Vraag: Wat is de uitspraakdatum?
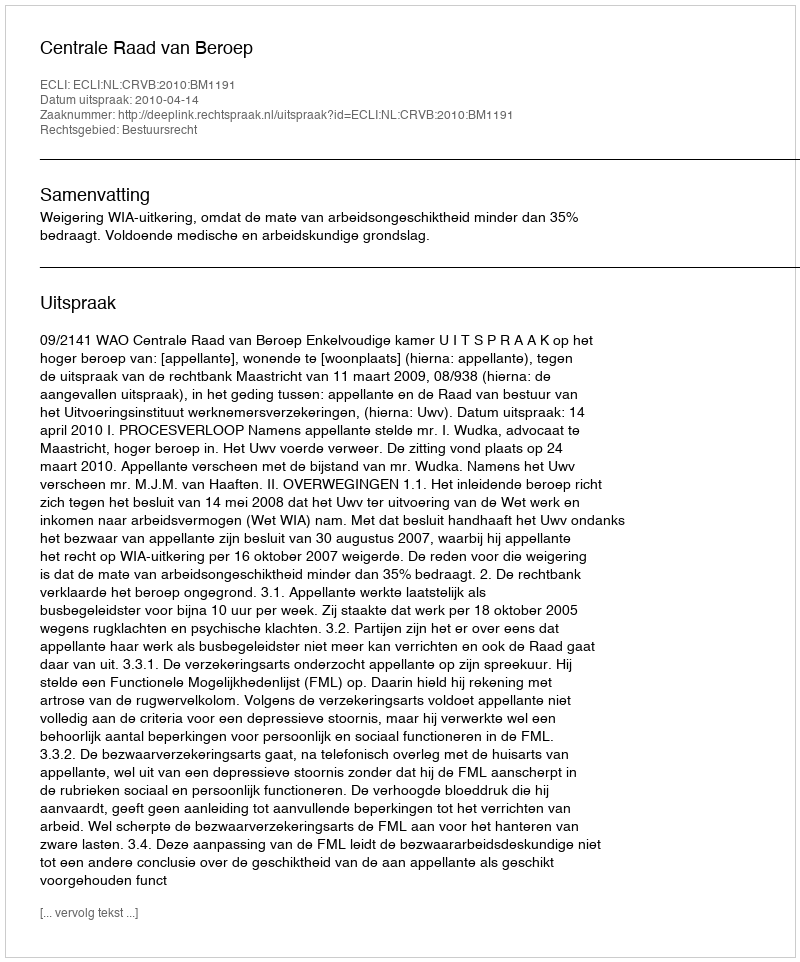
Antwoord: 2010-04-14